Regulations for the medical services of the Army of India
Year: 1930
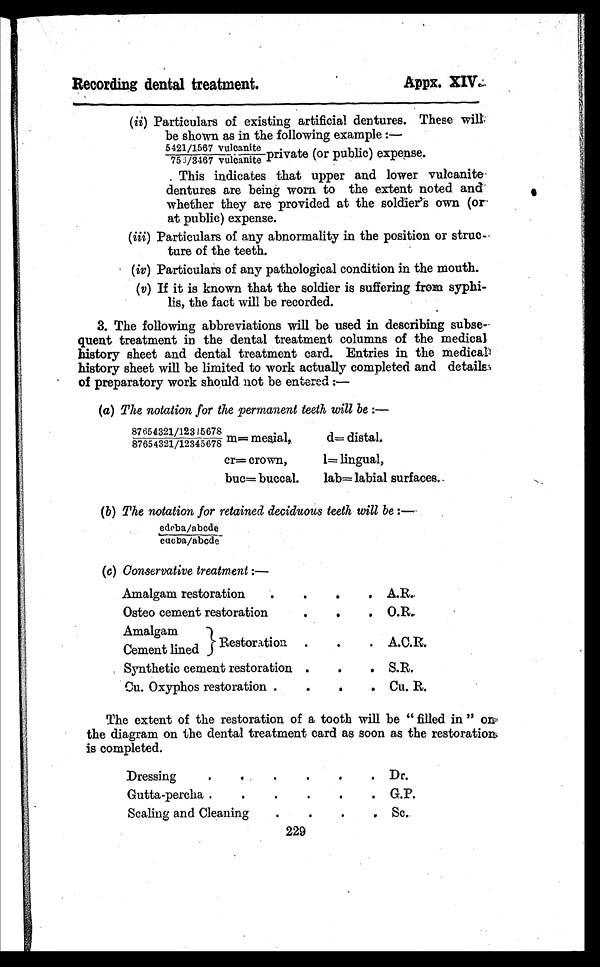
Recording dental treatment.
Appx. XIV.
(ii) Particulars of existing artificial dentures. These will
be shown as in the following example:—
5421/1567 vulcanite
755/3467 vul cani t e pri vat e (or publ i c) expense.
This indicates that upper and lower vulcanite
- d e n t u r e s a r e b e i n g w o r n t o t h e e x t e n t n o t e d a n d
whether they are provided at the soldier's own (or
at public) expense.
(iii) Particulars of any abnormality in the position or
struc-ture of the teeth.
(iv) Particulars of any pathological condition in the mouth.
(v) If it is known that the soldier is suffering from
syphi-lis, the fact will be recorded.
3. The following abbreviations will be used in describing subse
-quent treatment in the dental treatment columns of the medical
history sheet and dental treatment card. Entries in the medical
history sheet will be limited to work actually completed and details
of preparatory work should not be entered:—
(a ) The notation for the permanent teeth will be :—
87654321/12345678
87654321/12345678 m=mesial,
d=distal.
cr=crown,
l=lingual,
buc=buccal.
lab=labial surfaces.
(b) The notation for retained deciduous teeth will be :—
edcba/abcde
e d c b a / a b c d e
(c) Conservative treatment:—
Amalgam restoration . . .
A.R.
Osteo cement restoration . . .
O.R.
Amalgam
Cement lined Restoration . . .
A.C.R.
Synthetic cement restoration . . .
S.R.
Cu. Oxyphos restoration . . .
Cu. R.
The extent of the restoration of a tooth will be "filled in"
on the diagram on the dental treatment card as soon as the restoratio
n i s c o m p l e t e d .
D r e s s i n g . . .
Dr.
Gutta-percha . . .
G.P.
S c a l i n g a n d C l e a n i n g . . .
Sc.
229